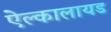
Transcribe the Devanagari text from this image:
ऐल्कालायड